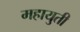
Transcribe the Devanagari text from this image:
महायुती